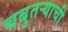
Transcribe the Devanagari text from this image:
चबुतऱ्याची